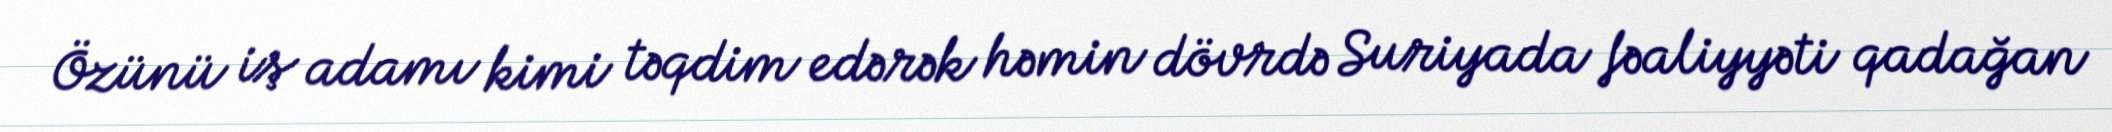
Özünü iş adamı kimi təqdim edərək həmin dövrdə Suriyada fəaliyyəti qadağan